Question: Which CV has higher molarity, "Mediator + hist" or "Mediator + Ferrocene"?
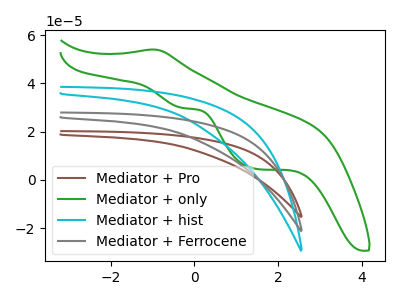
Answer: <think>The brown curve "Mediator + Pro" has no peaks. The green curve "Mediator + only" has an anodic peak at (-0.95V, 54.05uA) and cathodic peaks at (-0.25V, 29.75uA) (1.45V, 4.60uA). The cyan curve "Mediator + hist" has no peaks. The gray curve "Mediator + Ferrocene" has no peaks.
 Neither "Mediator + hist" or "Mediator + Ferrocene" have any peaks.</think>
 <answer>I cant tell if "Mediator + hist" or "Mediator + Ferrocene" has higher concentration.</answer>
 <eval>mixed_concentration</eval>